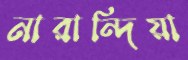
নারান্দিয়া